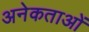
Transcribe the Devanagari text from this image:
अनेकताओं